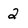
Character: 2